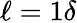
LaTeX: \ell=1\delta